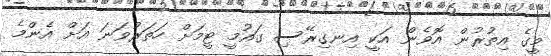
މީގެ އިތުރުން އޮވެން އަކީ އިނގިރޭސި ގައުމީ ޓީމަށް ހަތަރުވަނަ އަށް އެންމެ